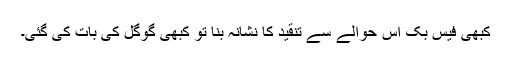
کبھی فیس بک اس حوالے سے تنقید کا نشانہ بنا تو کبھی گوگل کی بات کی گئی۔